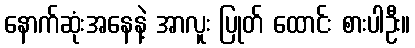
နောက်ဆုံးအနေနဲ့ အာလူး ပြုတ် ထောင်း စားပါဦး။